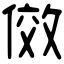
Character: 傚